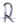
Text: R